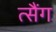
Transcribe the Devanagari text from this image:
त्सैंग